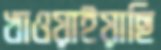
খাওয়াইয়াছি